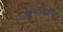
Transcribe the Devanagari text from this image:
मालुकविविरचित